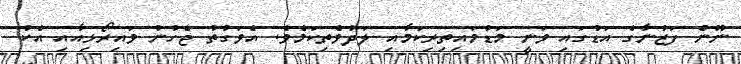
ނޫން ފަޒުނާގެ އަޑުގައި ވަނީ މަޑުމައިތިރިކަމާއި ލަދުވެތިކަމެވެ. އެވަގުތު ޖެހުނު ވައިރޯޅިއާއި އެކު